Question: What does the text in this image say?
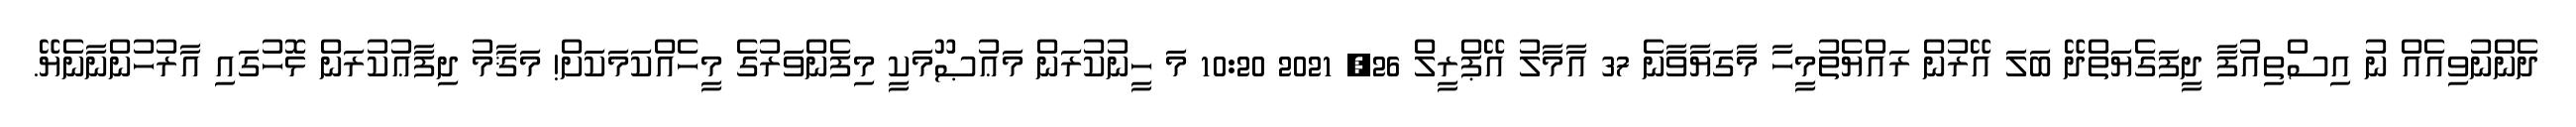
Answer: ދެންނުވިއެއް ނު އިސްތިއުފާ ދީފަގެޔަތްދޭ ބަލަ އޭރުން ރައްޔެތުމީހާ މާގަޔާވާނެ 37 އާމާލު އޭޕްރީލް 26, 2021 10:20 މަ ހީނުކުރަން މަޢުޞޫމަކީ މިފެންވަރުގެ މީހެއްކަމަކަށް! މަޤާމު ދިފާޢުކުރަން ޅޮހުގައި އާރުހުންނާނެޔޭ.